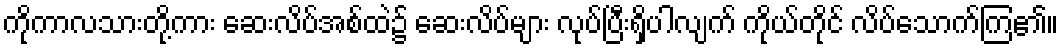
ကိုကာလသားတို့ကား ဆေးလိပ်အစ်ထဲ၌ ဆေးလိပ်များ လုပ်ပြီးရှိပါလျက် ကိုယ်တိုင် လိပ်သောက်ကြ၏။